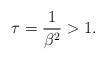
LaTeX: \begin{align*}\tau = \frac{1}{\beta^2} > 1.\end{align*}